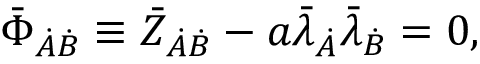
\bar { \Phi } _ { \dot { A } \dot { B } } \equiv \bar { Z } _ { \dot { A } \dot { B } } - a \bar { \lambda } _ { \dot { A } } \bar { \lambda } _ { \dot { B } } = 0 ,